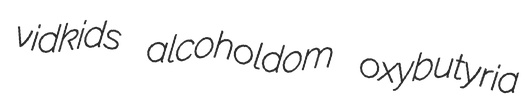
vidkids alcoholdom oxybutyria